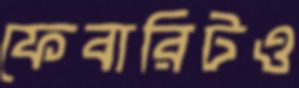
ফেবারিটও